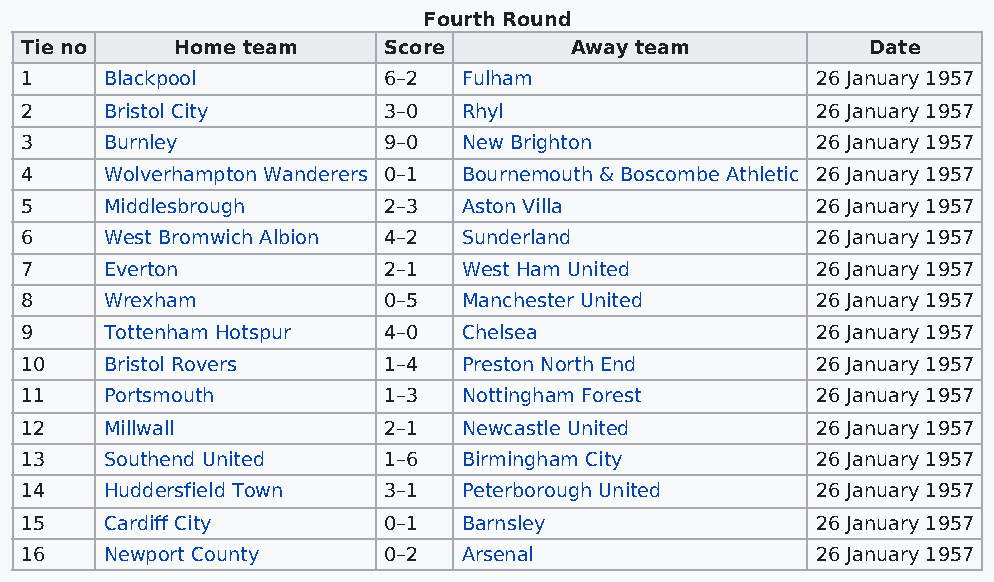
Fourth Round
 Tie no    Home team     Score        Away team           Date
 1     Blackpool         6–2   Fulham                 26 January 1957
 2     Bristol City      3–0   Rhyl                   26 January 1957
 3     Burnley           9–0   New Brighton           26 January 1957
 4     Wolverhampton Wanderers 0–1 Bournemouth & Boscombe Athletic 26 January 1957
 5     Middlesbrough     2–3   Aston Villa            26 January 1957
 6     West Bromwich Albion 4–2 Sunderland            26 January 1957
 7     Everton           2–1   West Ham United        26 January 1957
 8     Wrexham           0–5   Manchester United      26 January 1957
 9     Tottenham Hotspur 4–0   Chelsea                26 January 1957
 10    Bristol Rovers    1–4   Preston North End      26 January 1957
 11    Portsmouth        1–3   Nottingham Forest      26 January 1957
 12    Millwall          2–1   Newcastle United       26 January 1957
 13    Southend United   1–6   Birmingham City        26 January 1957
 14    Huddersfield Town 3–1   Peterborough United    26 January 1957
 15    Cardiff City      0–1   Barnsley               26 January 1957
 16    Newport County    0–2   Arsenal                26 January 1957